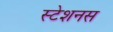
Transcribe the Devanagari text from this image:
स्टेशनस